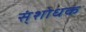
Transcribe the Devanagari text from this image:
स्ंशोधक